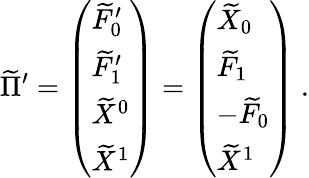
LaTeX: \widetilde\Pi^{\prime}=\left(\begin{array}{l}{{\widetilde F_{0}^{\prime}}}\\ {{\widetilde F_{1}^{\prime}}}\\ {{\widetilde X^{0}}}\\ {{\widetilde X^{1}}}\end{array}\right)=\left(\begin{array}{l}{{\widetilde X_{0}}}\\ {{\widetilde F_{1}}}\\ {{-\widetilde F_{0}}}\\ {{\widetilde X^{1}}}\end{array}\right)\ .